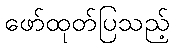
ဖော်ထုတ်ပြသည့်